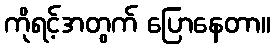
ကိုရင့်အတွက် ပြောနေတာ။